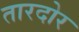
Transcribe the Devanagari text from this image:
तारदोर